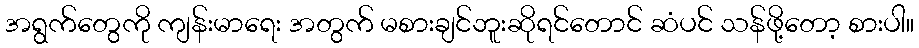
အရွက်တွေကို ကျန်းမာရေး အတွက် မစားချင်ဘူးဆိုရင်တောင် ဆံပင် သန်ဖို့တော့ စားပါ။